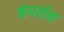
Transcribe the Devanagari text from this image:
कंपर्सन